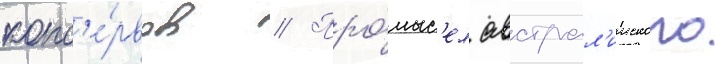
конс'е́рвов // Про́мыс'ел австрал'ииского